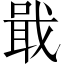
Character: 戢